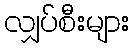
လျှပ်စီးများ